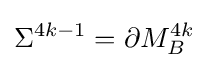
\Sigma ^{4k-1}=\partial M_{B}^{4k}